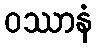
ဝဿာနံ